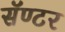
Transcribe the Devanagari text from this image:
सॅण्टर